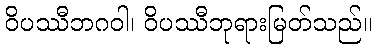
ဝိပဿီဘဂဝါ၊ ဝိပဿီဘုရားမြတ်သည်။